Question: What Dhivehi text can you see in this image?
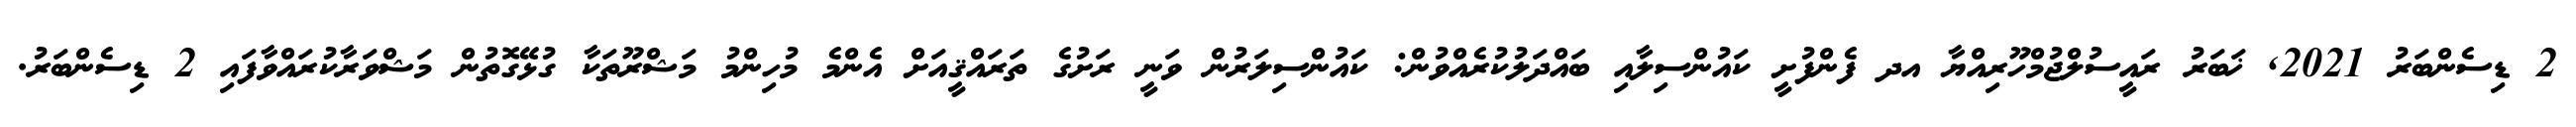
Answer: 2 ޑިސެންބަރު 2021, ޚަބަރު ރައީސުލްޖުމްހޫރިއްޔާ އދ ފެންފުށީ ކައުންސިލާއި ބައްދަލުކުރެއްވުން: ކައުންސިލަރުން ވަނީ ރަށުގެ ތަރައްޤީއަށް އެންމެ މުހިންމު މަޝްރޫތަކާ ގުޅޭގޮތުން މަޝްވަރާކުރައްވާފައި 2 ޑިސެންބަރު.